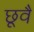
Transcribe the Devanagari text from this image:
छूवै